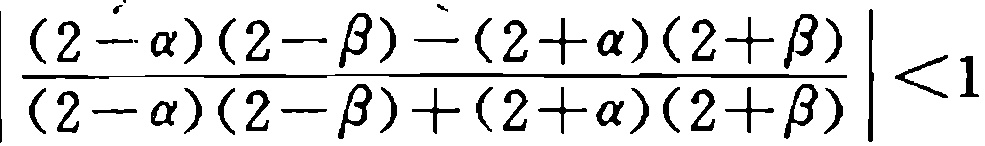
$\left|\frac{(2 - \alpha)(2 - \beta) - (2 + \alpha)(2 + \beta)}{(2 - \alpha)(2 - \beta) + (2 + \alpha)(2 + \beta)}\right| < 1$